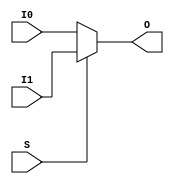
///////////////////////////////////////////////////////////////////////////////
// Copyright (c) 1995/2009 Xilinx, Inc.
// All Right Reserved.
///////////////////////////////////////////////////////////////////////////////
//   ____  ____
//  /   /\/   /
// /___/  \  /    Vendor : Xilinx
// \   \   \/     Version : 10.1
//  \   \         Description : Xilinx Functional Simulation Library Component
//  /   /                  2-to-1 Lookup Table Multiplexer with General Output
// /___/   /\     Filename : MUXF7.v
// \   \  /  \    Timestamp : Thu Mar 25 16:42:55 PST 2004
//  \___\/\___\
//
// Revision:
//    03/23/04 - Initial version.
//    02/04/05 - Rev 0.0.1 Remove input/output bufs; Remove unnessasary begin/end;
//    05/10/07 - When input same, output same for any sel value. (CR434611).
//    08/23/07 - User block statement (CR446704).
//    12/13/11 - Added `celldefine and `endcelldefine (CR 524859).
// End Revision

`timescale  1 ps / 1 ps

`celldefine

module MUXF7 (O, I0, I1, S);


`ifdef XIL_TIMING

    parameter LOC = "UNPLACED";

`endif

    
    output O;
    input I0, I1, S;

    reg O_out;

    always @(I0 or I1 or S) 
	if (S)
	    O_out = I1;
	else
	    O_out = I0;

    assign O = O_out;
    
`ifdef XIL_TIMING

    specify
                                                                                 
        (I0 => O) = (0:0:0, 0:0:0);
        (I1 => O) = (0:0:0, 0:0:0);
	(S => O) = (0:0:0, 0:0:0);
        specparam PATHPULSE$ = 0;
                                                                                 
    endspecify

`endif
    
endmodule

`endcelldefine